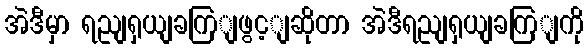
အဲဒီမှာ ရညျရှယျခကြျဖွင့ျဆိုတာ အဲဒီရညျရှယျခကြျကို